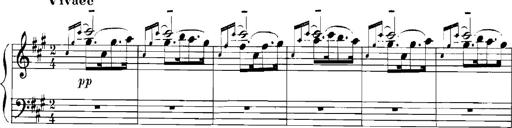
Title: Rhapsodies hongroises
Composer: Franz Liszt